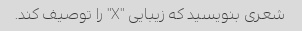
شعری بنویسید که زیبایی "X" را توصیف کند.